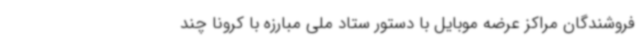
فروشندگان مراکز عرضه موبایل با دستور ستاد ملی مبارزه با کرونا چند